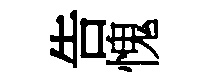
告愧